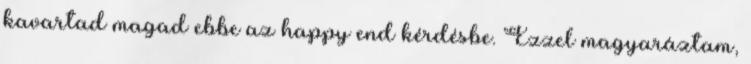
kavartad magad ebbe az happy end kérdésbe. Ezzel magyaráztam,